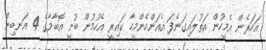
އަހަރެން އެމީހުން އަތުލައިގަނެފަ އެއަންހެންމީހާ ކައިރީ އެހުމުން ބުނީ އޮބާމާގެ 4 އަނބިން